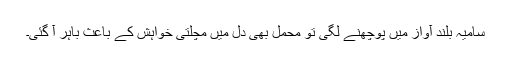
سامیہ بلند آواز میں پوچھنے لگی تو محمل بھی دل میں مچلتی خواہش کے باعث باہر آ گئی۔